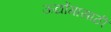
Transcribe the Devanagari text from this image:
ऊद्योंगासाठी